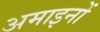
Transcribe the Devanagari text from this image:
अमाइनों